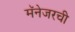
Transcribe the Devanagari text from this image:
मॅनेजरची